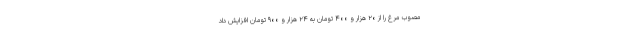
مصوب مرغ را از ۲۰ هزار و ۴۰۰ تومان به ۲۴ هزار و ۹۰۰ تومان افزایش داد